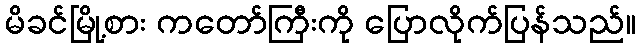
မိခင်မြို့စား ကတော်ကြီးကို ပြောလိုက်ပြန်သည်။